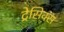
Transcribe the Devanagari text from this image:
ट्रेसिक्स